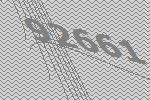
92661